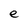
Character: e